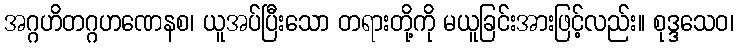
အဂ္ဂဟိတဂ္ဂဟဏေနစ၊ ယူအပ်ပြီးသော တရားတို့ကို မယူခြင်းအားဖြင့်လည်း။ စုဒ္ဒသေဝ၊